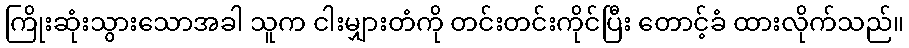
ကြိုးဆုံးသွားသောအခါ သူက ငါးမျှားတံကို တင်းတင်းကိုင်ပြီး တောင့်ခံ ထားလိုက်သည်။